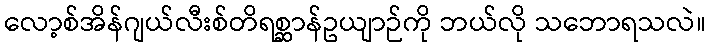
လော့စ်အိန်ဂျယ်လီးစ်တိရစ္ဆာန်ဥယျာဉ်ကို ဘယ်လို သဘောရသလဲ။